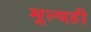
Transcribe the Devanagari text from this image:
मूल्यही